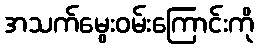
အသက်မွေးဝမ်းကြောင်းကို